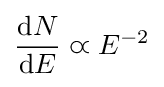
{\frac {\mathrm {d} N}{\mathrm {d} E}}\varpropto E^{-2}